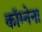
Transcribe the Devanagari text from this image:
कॉम्नेना